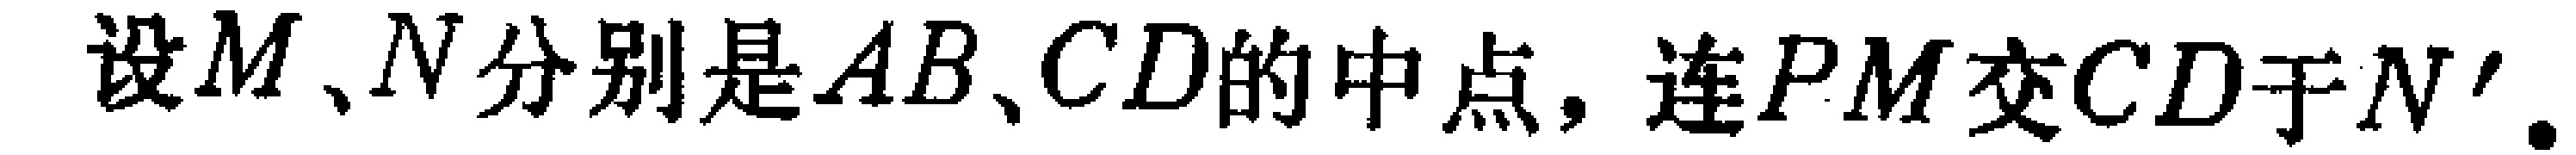
设$M$、$N$分别是$AB$、$CD$的中点，连$PM$交$CD$于$N'$.